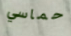
حماسي